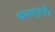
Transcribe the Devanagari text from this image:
चलाएंगे।